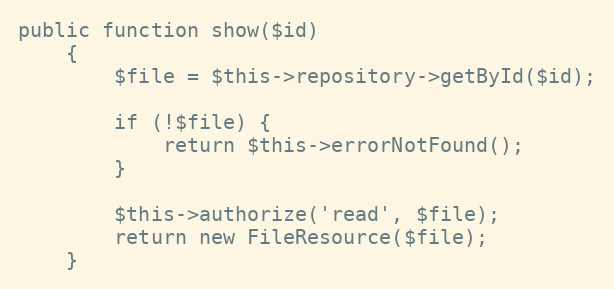
Language: PHP
public function show($id)
    {
        $file = $this->repository->getById($id);

        if (!$file) {
            return $this->errorNotFound();
        }

        $this->authorize('read', $file);
        return new FileResource($file);
    }